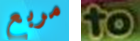
مربع to